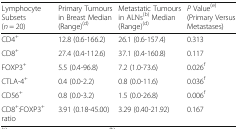
| Lymphocyte Subsets (n = 20) | Primary Tumours in Breast Median (Range)(d) | Metastatic Tumours in ALNs(b) Median (Range)(d) | P Value(e)(Primary Versus Metastases) |
 | --- | --- | --- | --- |
 | CD4+ | 12.8 (0.6-166.2) | 26.1 (0.6-157.4) | 0.313 |
 | CD8+ | 27.4 (0.4-112.6) | 37.1 (0.4-160.8) | 0.117 |
 | FOXP3+ | 5.5 (0.4-96.8) | 7.2 (1.0-73.6) | 0.026f |
 | CTLA-4+ | 0.4 (0.0-2.2) | 0.8 (0.0-11.6) | 0.036f |
 | CD56+ | 0.8 (0.0-3.2) | 1.5 (0.0-26.8) | 0.006f |
 | CD8+:FOXP3+ ratio | 3.91 (0.18-45.00) | 3.29 (0.40-21.92) | 0.167 |